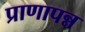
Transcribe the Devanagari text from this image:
प्राणापन्न